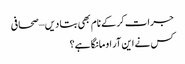
جرات کر کے نام بھی بتا دیں – صحافی
کس نے این آر او مانگا ہے؟